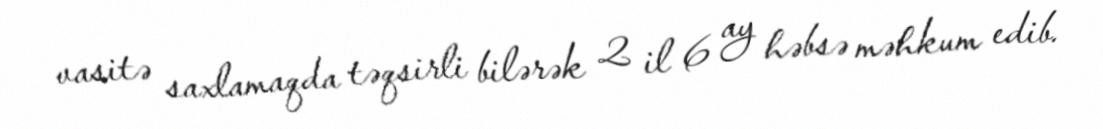
vasitə saxlamaqda təqsirli bilərək 2 il 6 ay həbsə məhkum edib.